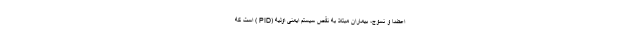
اعضا و نسوج، بیماران مبتلا به نقص سیستم ایمنی اولیه (PID ) است که